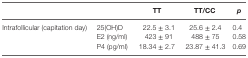
<table><thead><tr><td></td><td></td><td><b>TT</b></td><td><b>TT/CC</b></td><td><b><i>p</i></b></td></tr></thead><tbody><tr><td rowspan="3">Intrafollicular (capitation day)</td><td>25(OH)D</td><td>22.5 ± 3.1</td><td>25.6 ± 2.4</td><td>0.4</td></tr><tr><td>E2 (ng/ml)</td><td>423 ± 91</td><td>488 ± 75</td><td>0.58</td></tr><tr><td>P4 (pg/ml)</td><td>18.34 ± 2.7</td><td>23.87 ± 41.3</td><td>0.69</td></tr></tbody></table>